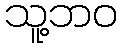
သူ့ဘဝ